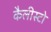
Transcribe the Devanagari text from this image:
कैलीस्टो